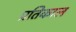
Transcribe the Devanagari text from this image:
प्रतिकाल